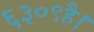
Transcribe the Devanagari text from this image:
६३०९है।